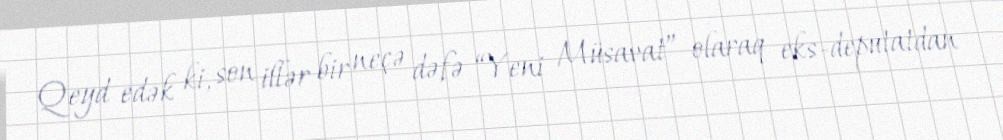
Qeyd edək ki, son illər bir neçə dəfə “Yeni Müsavat” olaraq eks-deputatdan